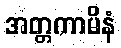
အတ္တကာမိနံ